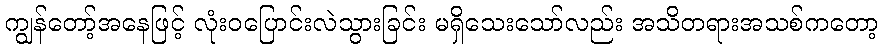
ကျွန်တော့်အနေဖြင့် လုံးဝပြောင်းလဲသွားခြင်း မရှိသေးသော်လည်း အသိတရားအသစ်ကတော့